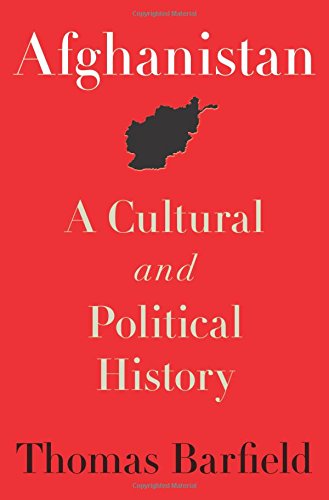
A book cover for Afghanistan: A Cultural and Political History (Princeton Studies in Muslim Politics); Thomas Barfield; Religion & Spirituality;